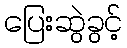
ပြေးဆွဲခွင့်